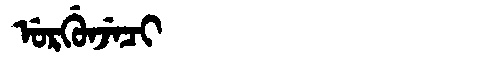
Manchu: ᡠᡵᡤᡠᠨᠵᡝᠴᡳ
Romanization: URGUNJECI